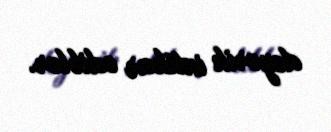
deyərik intihar ediblər.